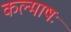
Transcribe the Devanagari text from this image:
कल्माषः